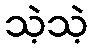
သဲ့သဲ့